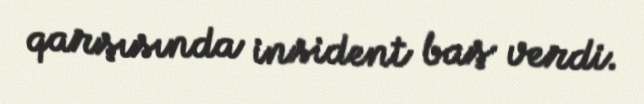
qarşısında insident baş verdi.